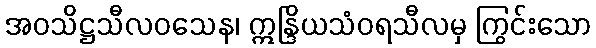
အဝသိဋ္ဌသီလဝသေန၊ ဣန္ဒြိယသံဝရသီလမှ ကြွင်းသော